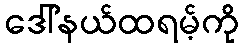
ဒေါ်နယ်ထရမ့်ကို